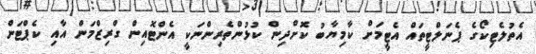
އެތުލެޓިކޯގެ ޕެނަލްޓީތައް އެޓީމަށް ކާމިޔާބު ކޮށްދިން ކުޅުންތެރިންނަކީ އެންޓޮއިން ގްރިޒްމަން އާއި ކެޕްޓަން